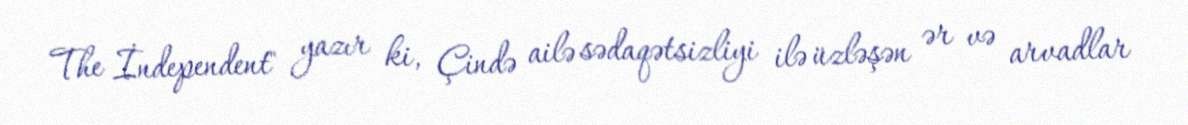
The İndependent" yazır ki, Çində ailə sədaqətsizliyi ilə üzləşən ər və arvadlar